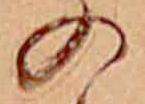
の